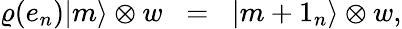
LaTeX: \varrho(e_{n})\vert m\rangle\otimes w\; \; =\; \; \vert m+1_{n}\rangle\otimes w,